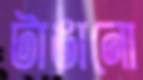
টাঙানো